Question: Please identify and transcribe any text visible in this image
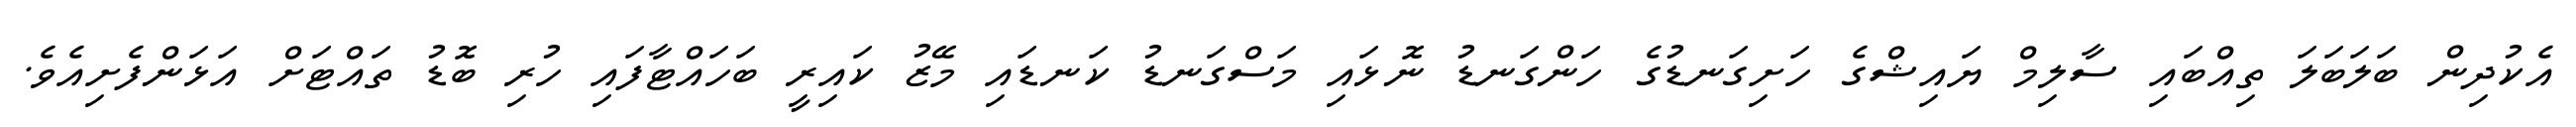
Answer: އެކުދިން ބަލަބަލަ ތިއްބައި ސާލިމް ޔައިޝްގެ ހަށިގަނޑުގެ ހަންގަނޑު ނޮޅައި މަސްގަނޑު ކަނޑައި މޭޒު ކައިރީ ބަހައްޓާފައި ހުރި ބޮޑު ތައްޓަށް އަޅަންފެށިއެވެ.